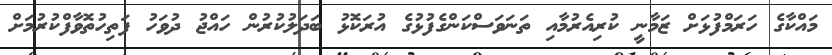
މައްކާގެ ހަރަމްފުޅަށް ޒަމާނީ ކުރިއެރުމާއި ތަނަވަސްކަންގެފުޅުގެ އުރަކޮޅު ބަދަލުކުރުން ހައްޖު ދުވަހު ފަތިހުތޮވާފްކުރުމަށް